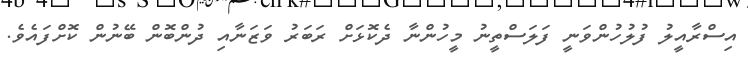
އިސްރާއީލު ފުލުހުންވަނީ ފަލަސްތީނު މީހުންނާ ދެކޮޅަށް ރަބަރު ވަޒަނާއި ދުންބޮން ބޭނުން ކޮށްފައެވެ.